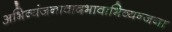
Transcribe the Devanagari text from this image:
अभिव्यंजनावादभावाभिव्यन्जना